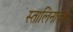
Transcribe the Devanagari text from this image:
स्तालिनाचा